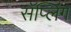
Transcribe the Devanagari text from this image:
सॅप्लिंग